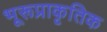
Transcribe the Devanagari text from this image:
भूरूप्राकृतिक